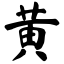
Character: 黄